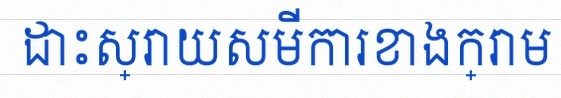
ដោះស្រាយសមីការខាងក្រោម